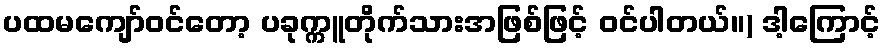
ပထမကျော်ဝင်တော့ ပခုက္ကူတိုက်သားအဖြစ်ဖြင့် ဝင်ပါတယ်။) ဒါ့ကြောင့်